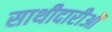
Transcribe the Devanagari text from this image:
साथीदारीओं